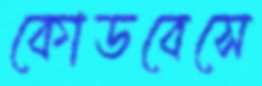
কোডবেসে